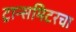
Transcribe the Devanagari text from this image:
ट्रान्समिटरचा